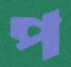
প